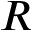
R